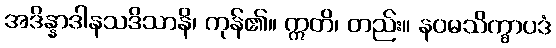
အဒိန္နာဒါနသဒိသာနိ၊ ကုန်၏။ ဣတိ၊ တည်း။ နဝမသိက္ခာပဒံ